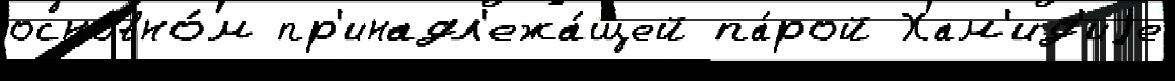
основно́м пр'инадл'ежа́щей па́рой Хам'ид'иjе